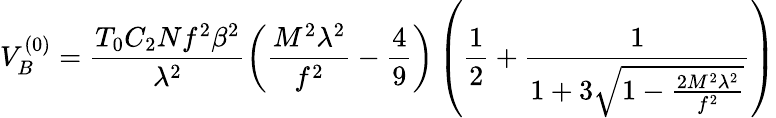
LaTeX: V_{B}^{(0)}=\frac{T_{0}C_{2}Nf^{2}\beta^{2}}{\lambda^{2}}\left(\frac{M^{2}\lambda^{2}}{f^{2}}-\frac{4}{9}\right)\left(\frac{1}{2}+\frac{1}{1+3\sqrt{1-\frac{2M^{2}\lambda^{2}}{f^{2}}}}\right)